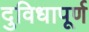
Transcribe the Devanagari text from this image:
दुविधापूर्ण